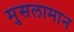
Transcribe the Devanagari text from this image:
मुसलामान